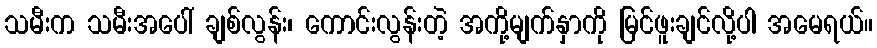
သမီးက သမီးအပေါ် ချစ်လွန်း၊ ကောင်းလွန်းတဲ့ အကို့မျက်နှာကို မြင်ဖူးချင်လို့ပါ အမေရယ်။